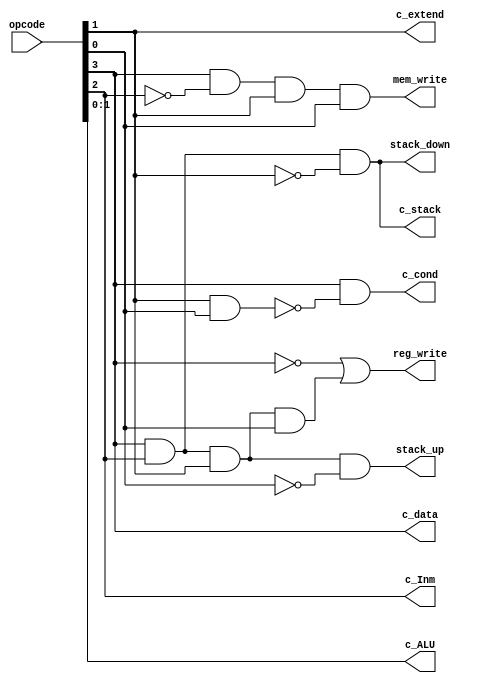
module Decoder(
  input [3:0] opcode,
  output [1:0] c_ALU,
  output c_Inm, c_extend, c_cond, reg_write, mem_write, c_data, stack_up, stack_down, c_stack
);
  wire [1:0] c_ALU;
  wire c_Inm, c_extend, c_cond, reg_write, mem_write, c_data, stack_up, stack_down, c_stack;
  
  assign c_ALU = opcode[1:0];							//operación de la alu
  assign c_Inm = opcode[2];								//condición de cargar inmediato
  assign c_extend = opcode[1] & opcode[1];				//condición de extension de signo
  assign c_cond = opcode[3] & !(opcode[1] & opcode[0]); //condición de jump
  assign reg_write = !opcode[3] | (opcode[3]&opcode[2]&opcode[1]&opcode[0]);	
  assign mem_write = opcode[3]&!opcode[2]&opcode[1]&opcode[0];
  assign c_data = (opcode[3]);							// alu o memoria
  assign stack_up = opcode[3]&opcode[2]&opcode[1]&!opcode[0];	// call
  assign stack_down = opcode[3]&opcode[2]&!opcode[1];			// return
  assign c_stack = opcode[3]&opcode[2]&!opcode[1];				// mux de jump o stack
  
endmodule